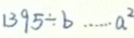
1 3 9 5 \div b \cdots a ^ { 2 }